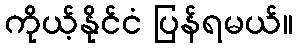
ကိုယ့်နိုင်ငံ ပြန်ရမယ်။